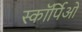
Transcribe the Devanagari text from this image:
स्कॉर्पिओ